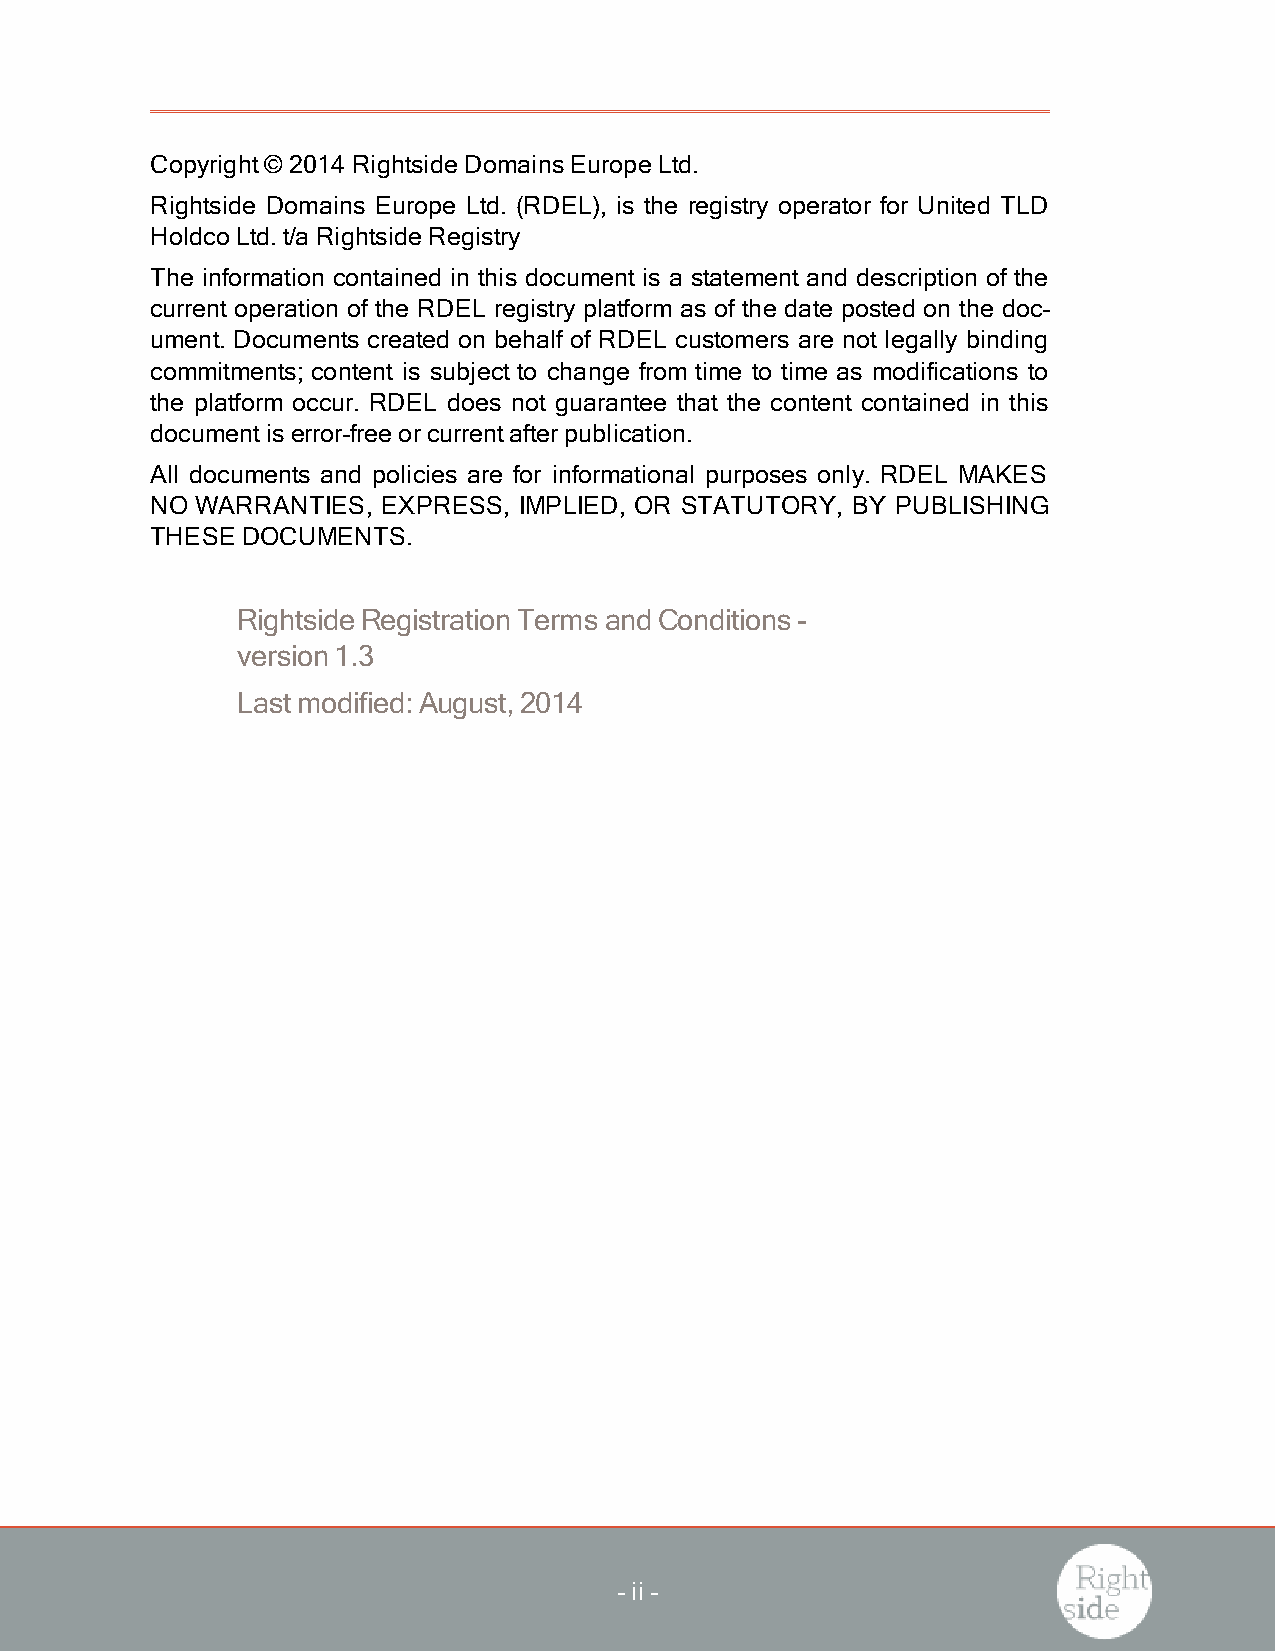
Copyright© 2014 Rightside DomainsEurope Ltd.
 Rightside Domains Europe Ltd. (RDEL), is the registry operator for United TLD
 Holdco Ltd.t/a Rightside Registry
 The information contained in this document is a statement and description of the
 current operation of the RDEL registry platform as of the date posted on the doc-
 ument. Documents created on behalf of RDEL customers are not legally binding
 commitments; content is subject to change from time to time as modifications to
 the platform occur. RDEL does not guarantee that the content contained in this
 documentiserror-free orcurrentafterpublication.
 All documents and policies are for informational purposes only. RDEL MAKES
 NO WARRANTIES, EXPRESS, IMPLIED, OR STATUTORY, BY PUBLISHING
 THESE DOCUMENTS.
 RightsideRegistrationTermsandConditions-
 version1.3
 Lastmodified:August,2014
 -ii -